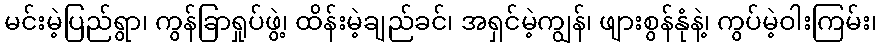
မင်းမဲ့ပြည်ရွာ၊ ကွန်ခြာရှုပ်ဖွဲ့၊ ထိန်းမဲ့ချည်ခင်၊ အရှင်မဲ့ကျွန်၊ ဖျားစွန်နုံနဲ့၊ ကွပ်မဲ့ဝါးကြမ်း၊